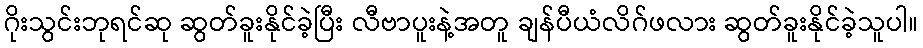
ဂိုးသွင်းဘုရင်ဆု ဆွတ်ခူးနိုင်ခဲ့ပြီး လီဗာပူးနဲ့အတူ ချန်ပီယံလိဂ်ဖလား ဆွတ်ခူးနိုင်ခဲ့သူပါ။